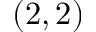
( 2 , 2 )